Vaccination in Bombay 1889-1901 - 1889-1901
Year: 1889
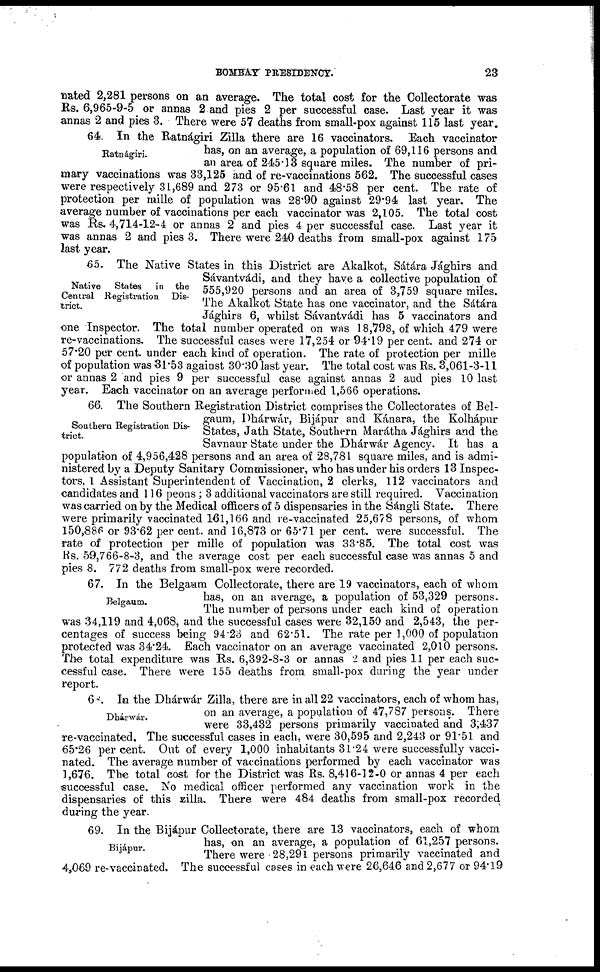
BOMBAY PRESIDENCY.
23
nated 2,281 persons on an average. The total cost for the Collectorate was
Rs. 6,965-9-5 or annas 2 and pies 2 per successful case. Last year it was
annas 2 and pies 3. There were 57 deaths from small-pox against 115 last year.
Ratnágiri.
64. In the Ratnágiri Zilla there are 16 vaccinators. Each vaccinator
has, on an average, a population of 69,116 persons and
an area of 245.13 square miles. The number of pri-
mary vaccinations was 33,125 and of re-vaccinations 562. The successful cases
were respectively 31,689 and 273 or 95.61 and 48.58 per cent. The rate of
protection per mille of population was 28.90 against 29.94 last year. The
average number of vaccinations per each vaccinator was 2,105. The total cost
was Rs. 4,714-12-4 or annas 2 and pies 4 per successful case. Last year it
was annas 2 and pies 3. There were 240 deaths from small-pox against 175
last year.
Native States in the
Central Registration Dis-
trict.
65. The Native States in this District are Akalkot, Sátára Jághirs and
Sávantvádi, and they have a collective population of
555,920 persons and an area of 3,759 square miles.
The Akalkot State has one vaccinator, and the Sátára
Jághirs 6, whilst Sávantvádi has 5 vaccinators and
one Inspector. The total number operated on was 18,798, of which 479 were
re-vaccinations. The successful cases were 17,254 or 94.19 per cent. and 274 or
57.20 per cent. under each kind of operation. The rate of protection per mille
of population was 31.53 against 30.30 last year. The total cost was Rs. 3,061-3-11
or annas 2 and pies 9 per successful case against annas 2 aud pies 10 last
year. Each vaccinator on an average performed 1,566 operations.
Southern Registration Dis-
trict.
66. The Southern Registration District comprises the Collectorates of Bel¬
gaum, Dhárwár, Bijápur and Kánara, the Kolhápur
States, Jath State, Southern Marátha Jághirs and the
Savnaur State under the Dhárwár Agency. It has a
population of 4,956,428 persons and an area of 28,781 square miles, and is admi-
nistered by a Deputy Sanitary Commissioner, who has under his orders 13 Inspec-
tors, 1 Assistant Superintendent of Vaccination, 2 clerks, 112 vaccinators and
candidates and 116 peons ; 3 additional vaccinators are still required. Vaccination
was carried on by the Medical officers of 5 dispensaries in the Sángli State. There
were primarily vaccinated 161,166 and re-vaccinated 25,678 persons, of whom
150,886 or 93.62 per cent. and 16,873 or 65.71 per cent. were successful. The
rate of protection per mille of population was 33.85. The total cost was
Rs. 59,766-8-3, and the average cost per each successful case was annas 5 and
pies 8. 772 deaths from small-pox were recorded.
Belgaum.
67. In the Belgaum Collectorate, there are 19 vaccinators, each of whom
has, on an average, a population of 53,329 persons.
The number of persons under each kind of operation
was 34,119 and 4,068, and the successful cases were 32,150 and 2,543, the per-
centages of success being 94.23 and 62.51. The rate per 1,000 of population
protected was 34.24. Each vaccinator on an average vaccinated 2,010 persons.
The total expenditure was Rs. 6,392-8-3 or annas 2 and pies 11 per each suc-
cessful case. There were 155 deaths from small-pox during the year under
report.
Dhárwár.
68. In the Dhárwár Zilla, there are in all 22 vaccinators, each of whom has,
on an average, a population of 47,787 persons. There
were 33,432 persons primarily vaccinated and 3,437
re-vaccinated. The successful cases in each, were 30,595 and 2,243 or 91.51 and
65.26 per cent. Out of every 1,000 inhabitants 31.24 were successfully vacci-
nated. The average number of vaccinations performed by each vaccinator was
1,676. The total cost for the District was Rs. 8,416-12-0 or annas 4 per each
successful case. No medical officer performed any vaccination work in the
dispensaries of this zilla. There were 484 deaths from small-pox recorded
during the year.
Bijápur.
69. In the Bijápur Collectorate, there are 13 vaccinators, each of whom
has, on an average, a population of 61,257 persons.
There were 28,291 persons primarily vaccinated and
4,069 re-vaccinated. The successful cases in each were 26,646 and 2,677 or 94.19